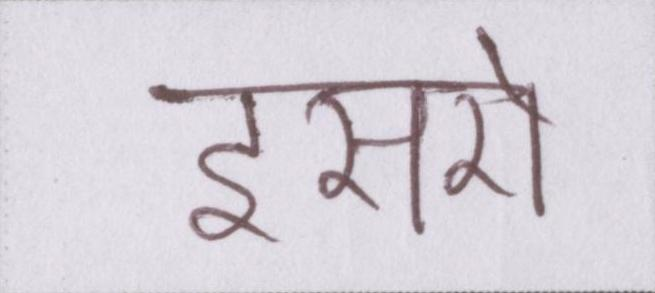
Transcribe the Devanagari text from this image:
इसरो